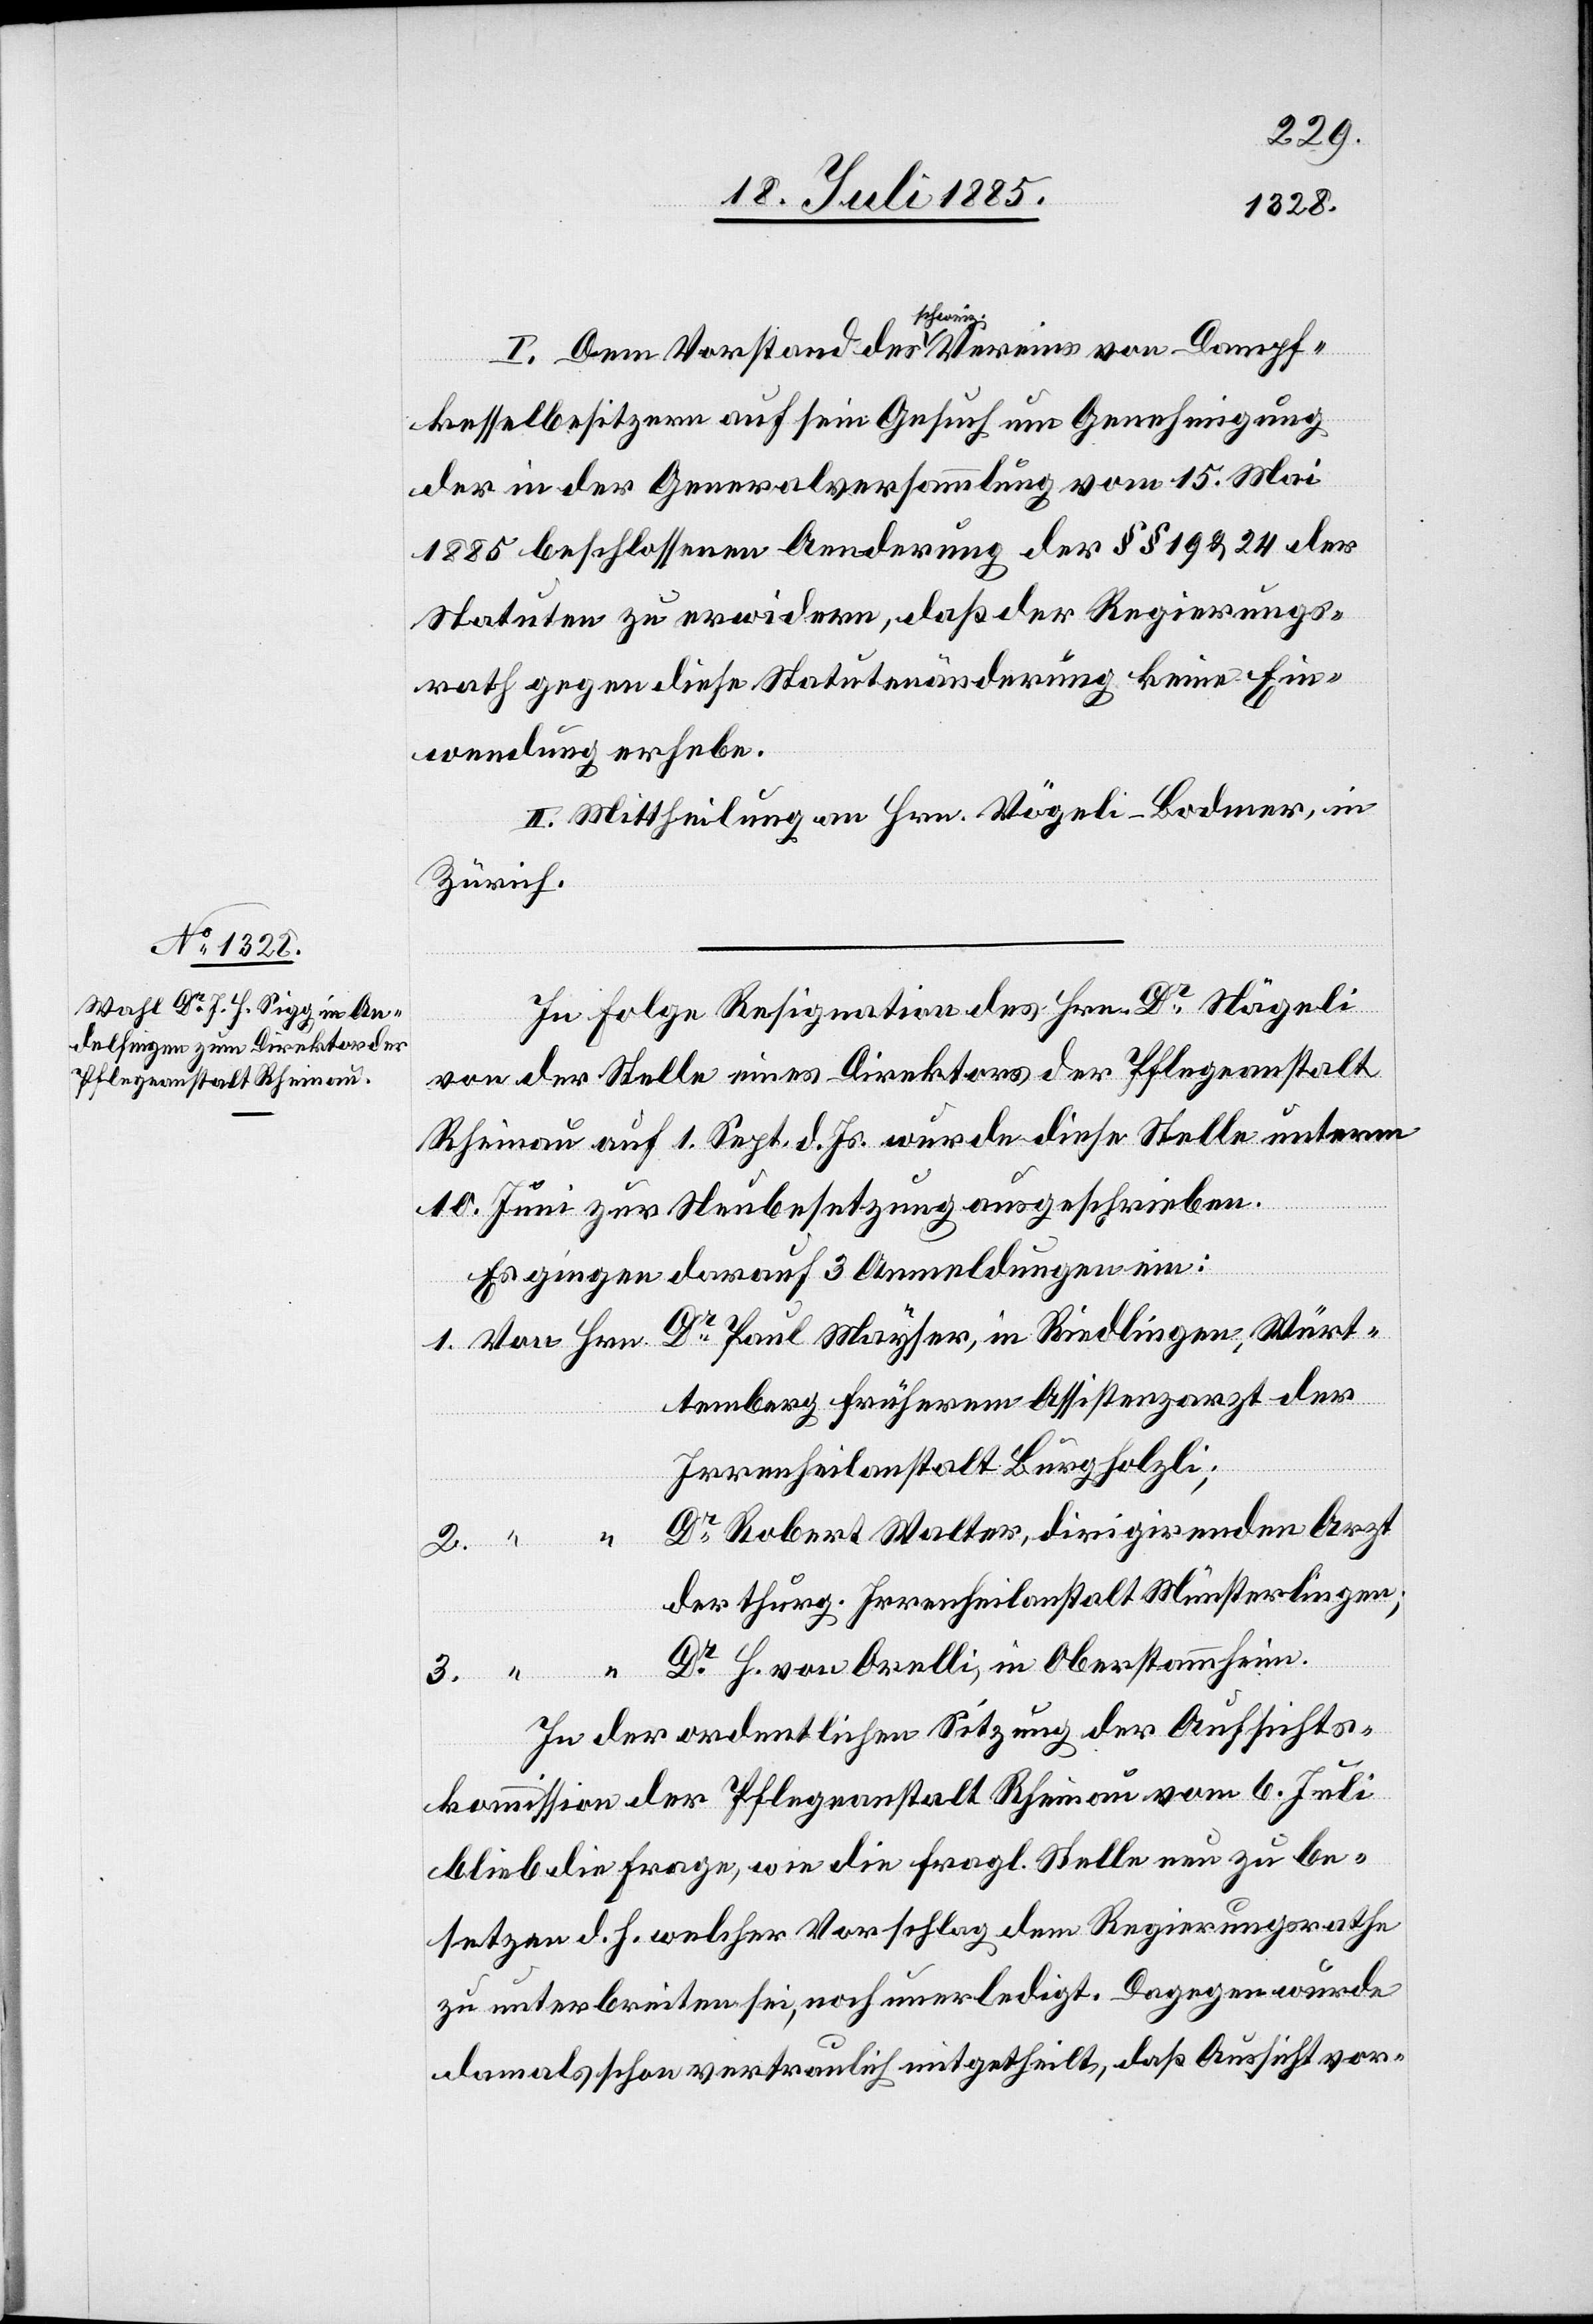
I. Dem Vorstand des schweiz. Vereins von Dampf¬
kesselbesitzern auf sein Gesuch um Genehmigung
der in der Generalversammlung vom 15. Mai
1885 beschlossenen Aenderung der §§ 19 & 24 der
Statuen zu erwidern, daß der Regierungs¬
rath gegen diese Statutenänderung keine Ein¬
wendung erhebe.
II. Mittheilung an Hrn. Vögeli-Bodmer, in
Zürich.
In Folge Resignation des Hrn. Dr Nägeli
von der Stelle eines Direktors der Pflegeanstalt
Rheinau auf 1. Sept. d. Js. wurde diese Stelle unterm
10. Juni zur Neubesetzung ausgeschrieben.
Es gingen darauf 3 Anmeldungen ein:
temberg früherem Assistenzarzt der
Irrenheilanstalt Burghölzli;
Dr Robert Walter, dirigirenden Arzt
der thurg. Irrenheilanstalt Münsterlingen;
Dr H. von Orelli, in Oberstammheim.
Riedlingen, Würt¬
In der ordentlichen Sitzung der Aufsichts¬
kommission der Pflegeanstalt Rheinau vom 6. Juli
blieb die Frage, wie die fragl. Stelle neu zu be¬
setzen d. h. welcher Vorschlag dem Regierungsrathe
zu unterbreiten sei, noch unerledigt. Dagegen wurde
damals schon vertraulich mitgetheilt, daß Aussicht vor-

in